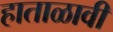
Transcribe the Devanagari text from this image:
हाताळावी